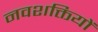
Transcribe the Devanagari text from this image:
नवशक्तियों